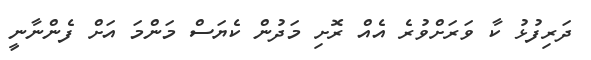
ދަރިފުޅު ކާ ވަރަށްވުރެ އެއް ރޮށި މަދުން ކެޔަސް މަންމަ އަށް ފެންނާނީ